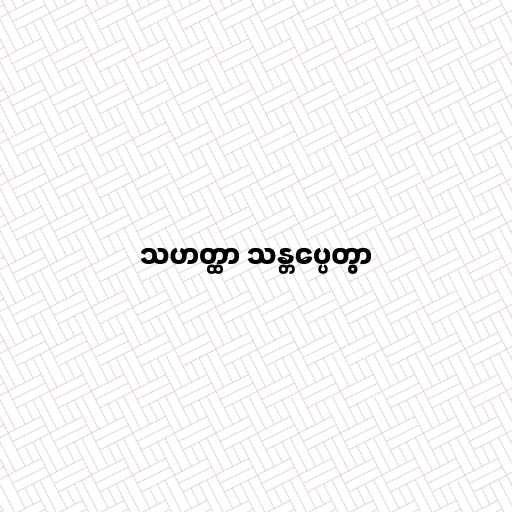
သဟတ္ထာ သန္တပ္ပေတွာ